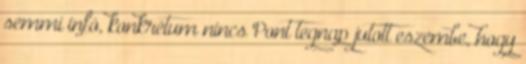
semmi infó, konkrétum nincs Pont tegnap jutott eszembe, hogy